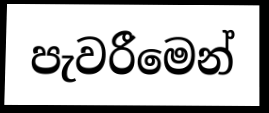
පැවරීමෙන්